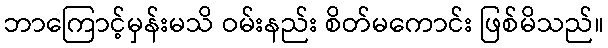
ဘာကြောင့်မှန်းမသိ ဝမ်းနည်း စိတ်မကောင်း ဖြစ်မိသည်။